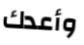
وأعدك